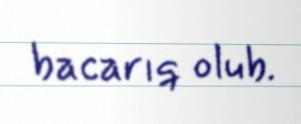
bacarıq olub.